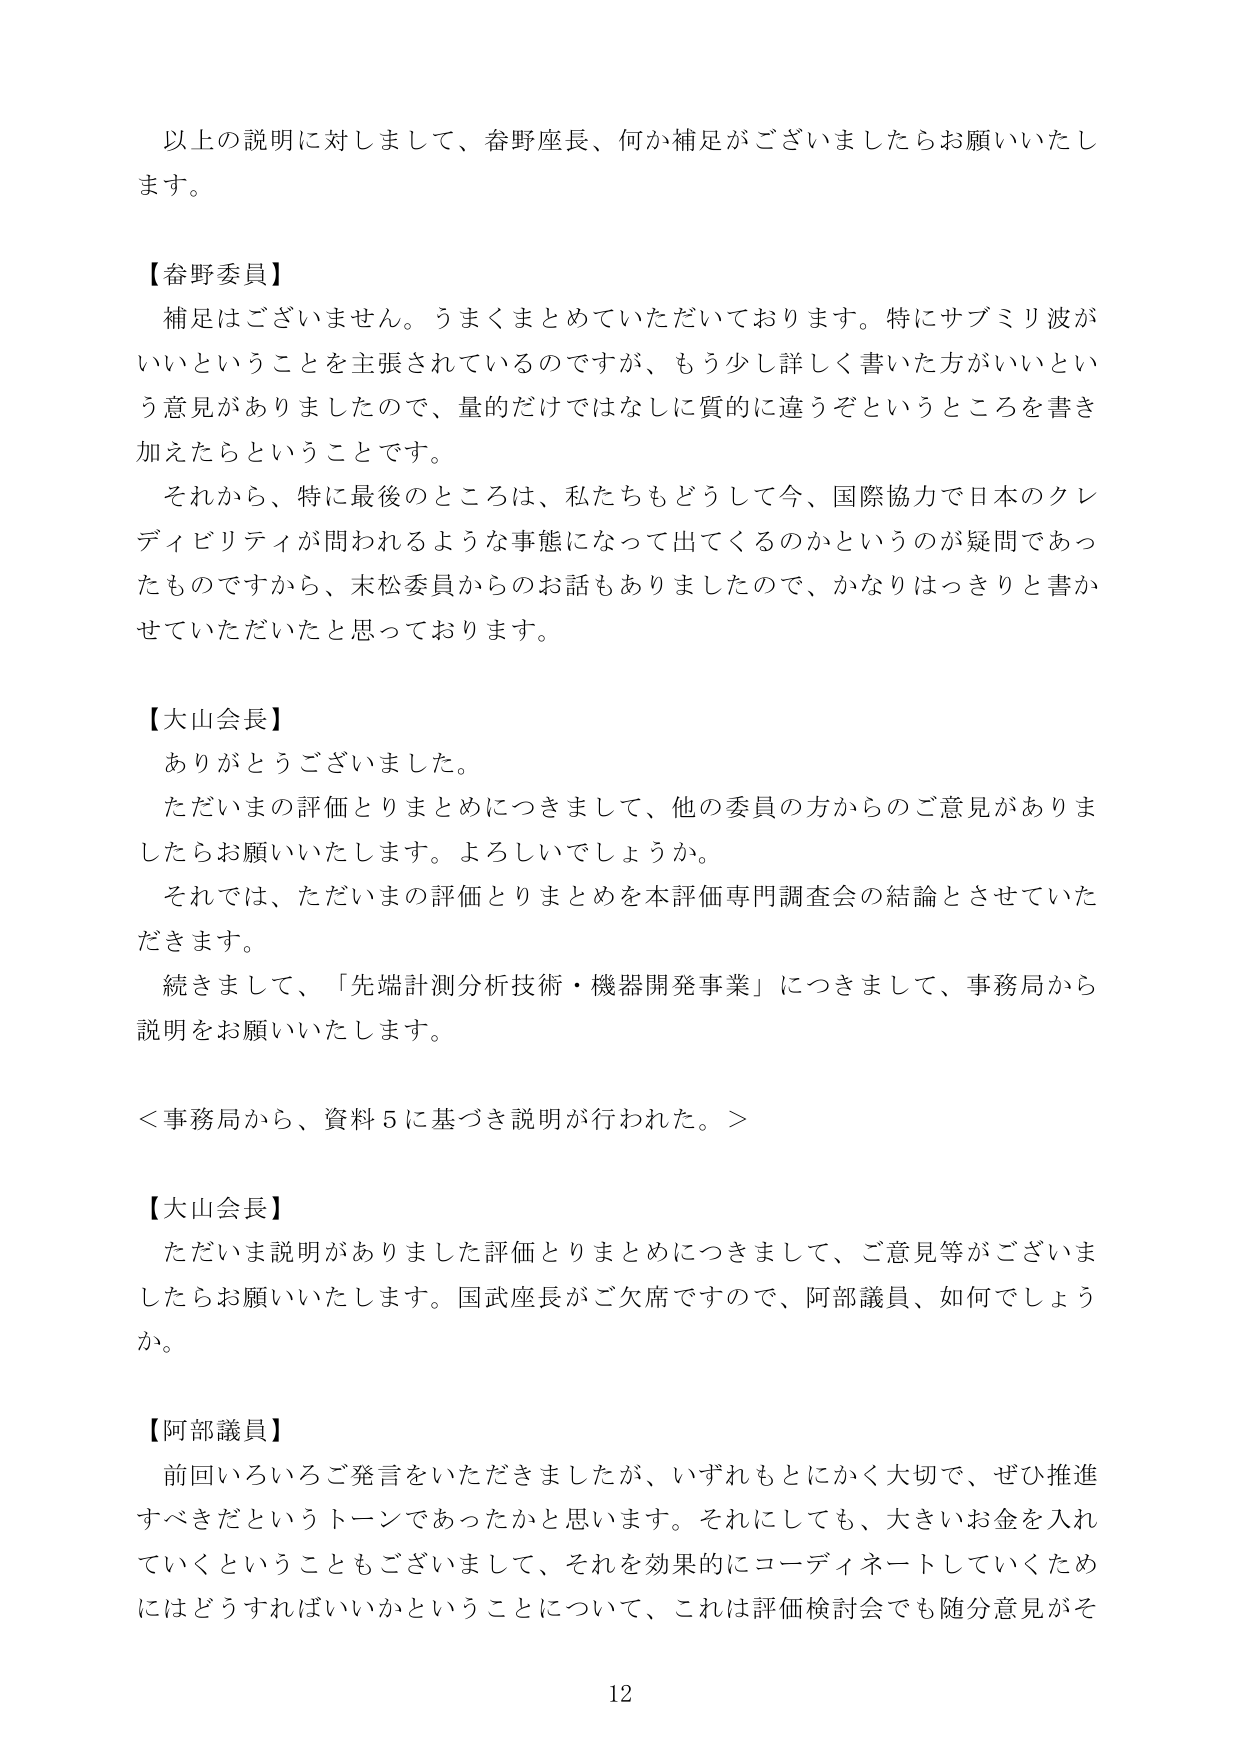
以上の説明に対しまして、畚野座長、何か補足がございましたらお願いいたします。

【畚野委員】
補足はございません。うまくまとめていただいております。特にサブミリ波がいいということを主張されているのですが、もう少し詳しく書いた方がいいという意見がありましたので、量的だけではなくに質的に違うぞというところを書き加えたらということです。
それから、特に最後のところは、私たちもどうして今、国際協力で日本のクレディビリティが問われるような事態になって出てくるのかというのが疑問であったものですから、末松委員からのお話もありましたので、かなりはっきりと書かせていただいたと思っております。

【大山会長】
ありがとうございました。
ただいまの評価とりまとめにつきまして、他の委員の方からのご意見がありましたらお願いいたします。よろしいでしょうか。
それでは、ただいまの評価とりまとめを本評価専門調査会の結論とさせていただきます。
続きまして、「先端計測分析技術・機器開発事業」につきまして、事務局から説明をお願いいたします。

＜事務局から、資料５に基づき説明が行われた。＞

【大山会長】
ただいま説明がありました評価とりまとめにつきまして、ご意見等がございましたらお願いいたします。国武座長がご欠席ですので、阿部議員、如何でしょうか。

【阿部議員】
前回いろいろご発言をいただきましたが、いずれもとにかく大切で、ぜひ推進すべきだというトーンであったかと思います。それにしても、大きいお金を入れていくということもございまして、それを効果的にコーディネートしていくためにはどうすればいいかということについて、これは評価検討会でも随分意見がそ

12